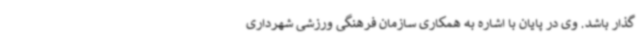
گذار باشد. وی در پایان با اشاره به همکاری سازمان فرهنگی ورزشی شهرداری